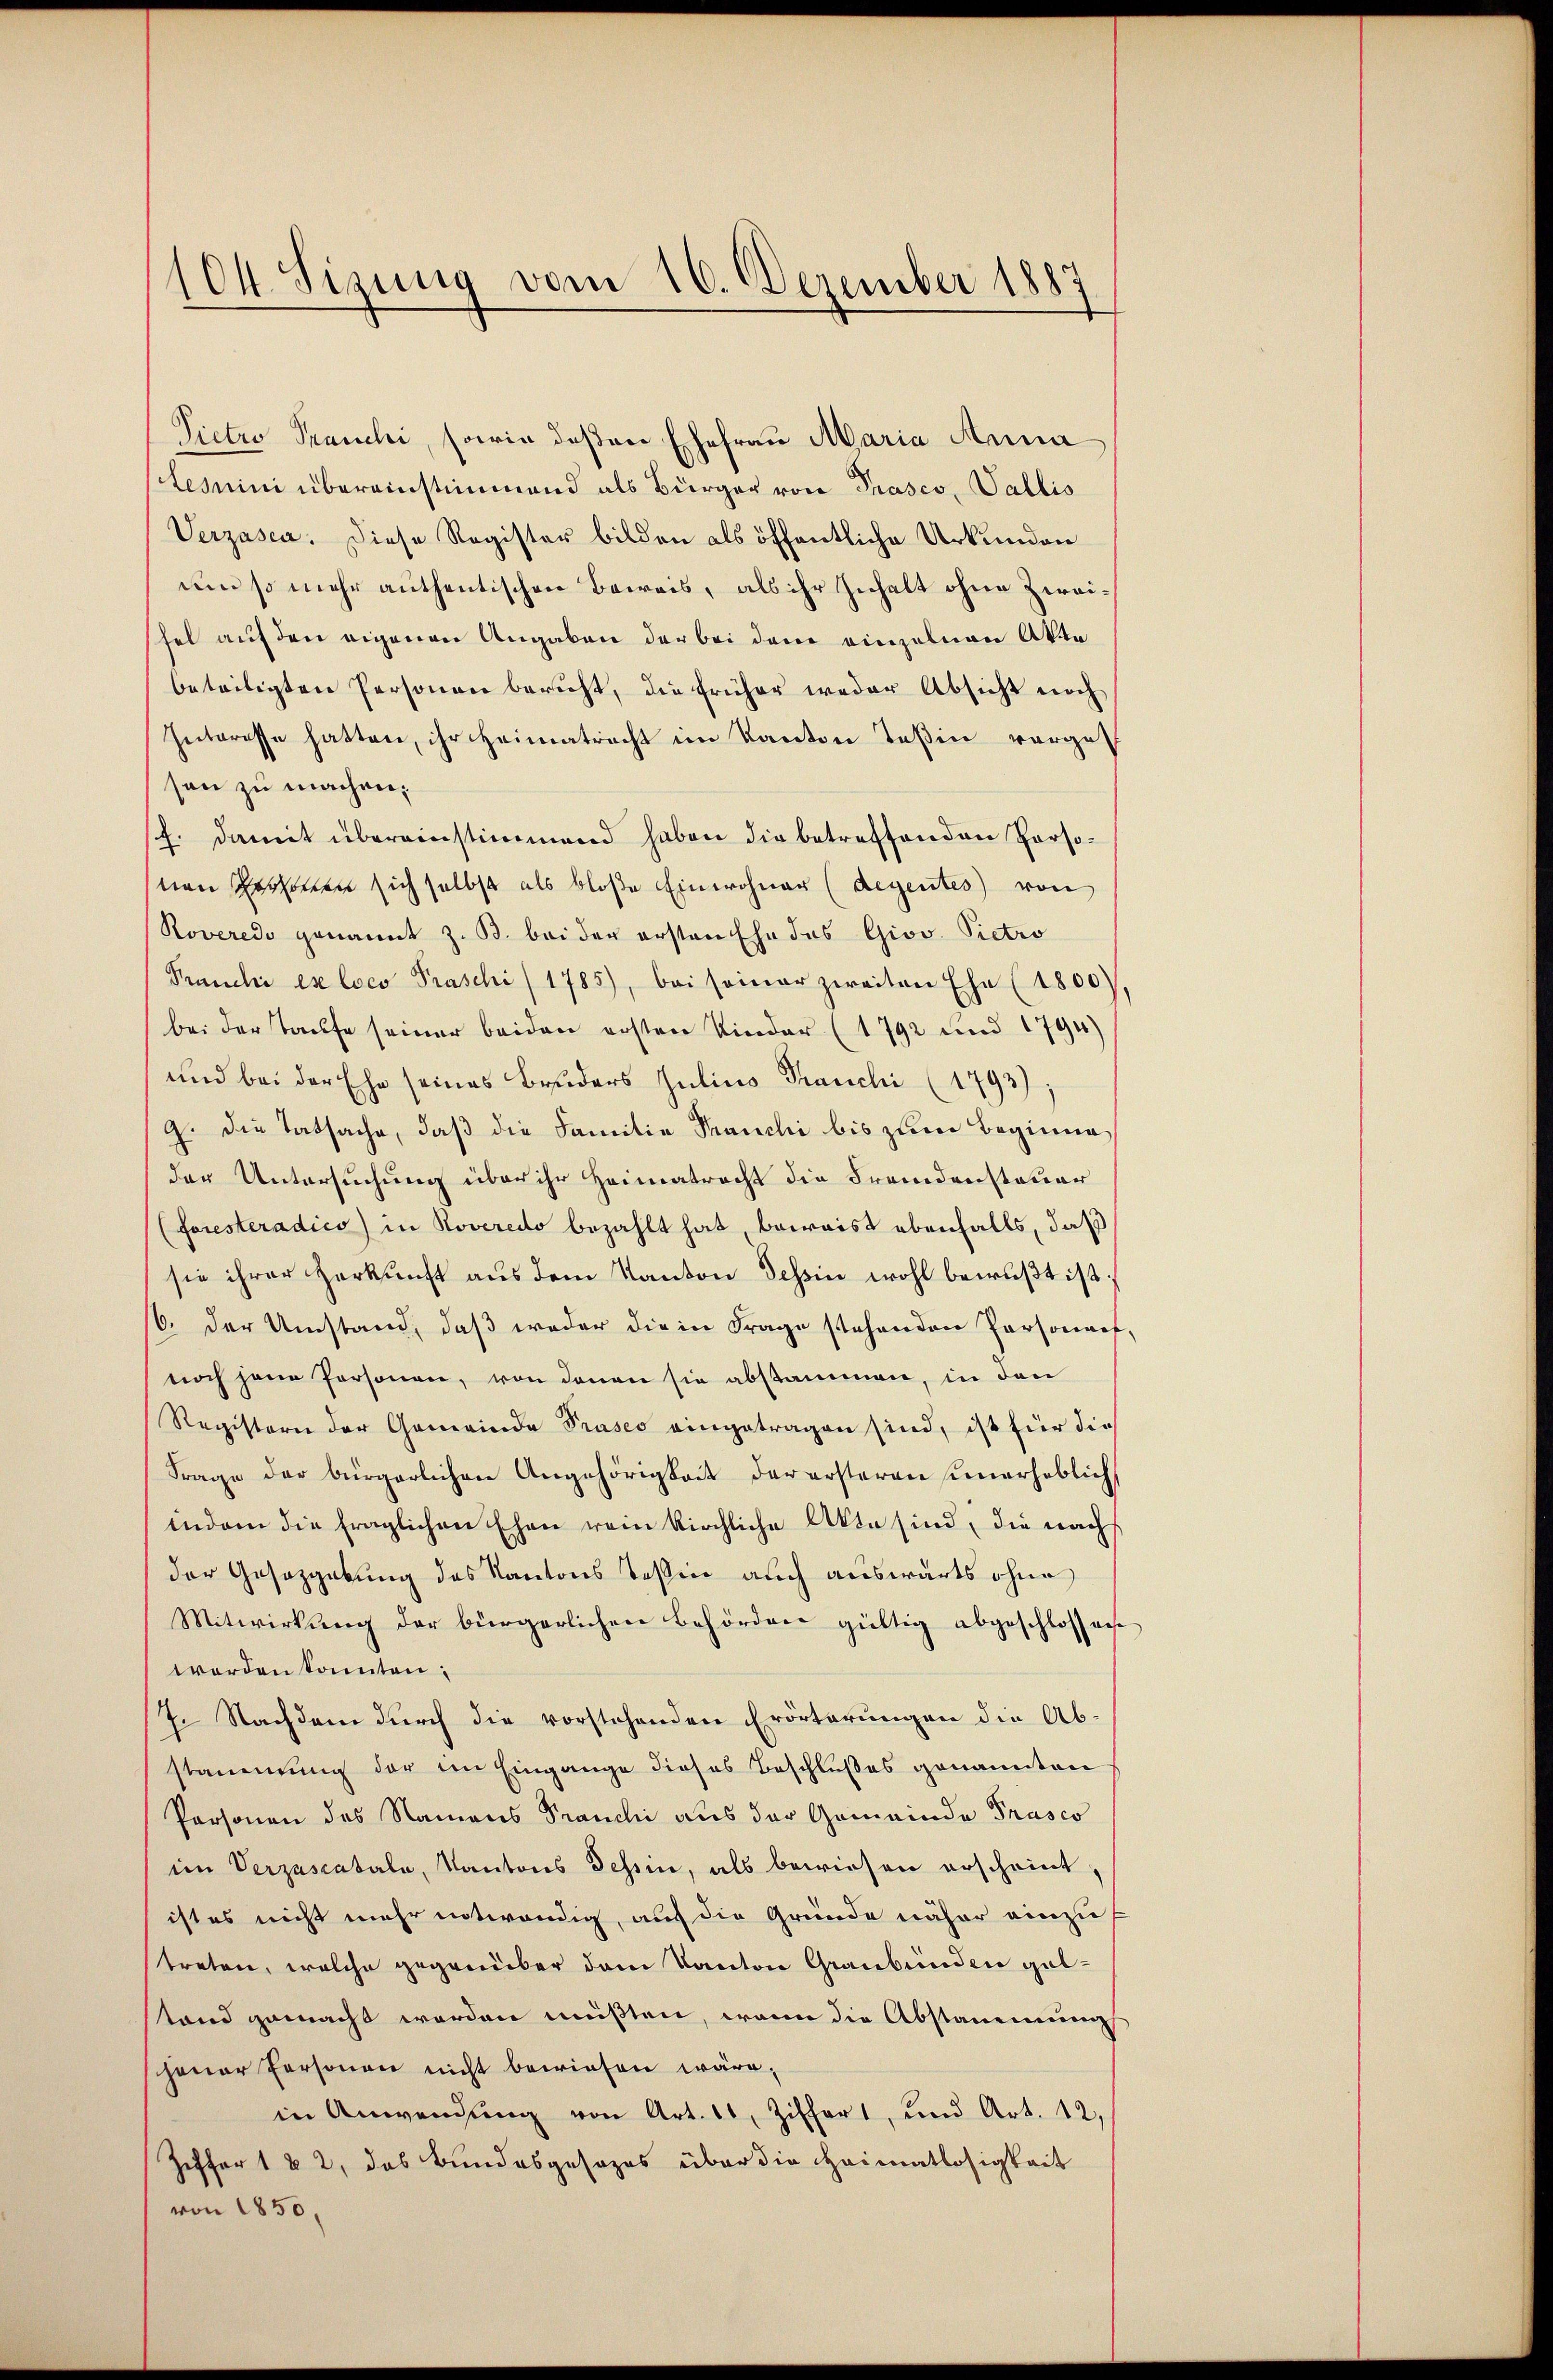
(O4. Sizung vom 16. Dezember 1887

Pictio Pranchi, sowie deßen Ehefrau Maria Anna
tesmini übereinstimmend als Bürger von Prasco, Vallis
Verzasca. Diese Register bilden als öffentliche Urkunden
um so mehr anthentischen Beweis, als ihr Inhalt ohne Zweifel auf den eigenen Angaben der bei dem einzelnen Akte
beteiligten Personen bericht, die früher weder Absicht noch
Interesse hatten, ihr Heimatracht im Kanton Teßin vorge-
son zu machen.
sh. damit übereinstimmend haben die betreffenden Personen Personen sich selbst als bloße Einwohner (Regentes von
Roveredo genannt z. B. bei der ersten Ehe des Giov. Pietro
Pranchi es loco Praschi/1785), bei seiner zweiten Ehe (1800)
bei der Taufe seiner beiden ersten Kinder (1792 und 1794
und bei der Ehe seines Bruders Julius Franchi (1793);
g. die Tatsache, daß die Familie Tranchi bis zum Beginne
der Untersuchung über ihr Heimatracht die Fremdensteuer
(foresteradico in Roveredo bezahlt hat, beweist ebenfalls, daß
sie ihrer Herkunft aus dem Kanton Tessin wohl bewußt ist;
6. der Umstand, daß weder die in Frage stehenden Personach
noch jene Personen, von denen sie abstammen, in den
Registern der Gemeinde Präses eingetragen sind, ist für die
Frage der bürgerlichen Angehörigkeit der ersteren unerheblich
indem die fraglichen Ehen rein kirchliche Akte sind, die nach
der Gesetzgebung des Kantons Tessin auch auswärts ohne
Mitwirkung der bürgerlichen Behörden gültig abgeschlossen
werden konnten;
7. Nachdem durch die vorstehenden Erörterungen die Abstammung der im Eingange dieses Beschlußes genannten
Personen des Namens Pranchi aus der Gemeinde Prasco
im Verzascatale, Kantons Tessin, als bewiesen erscheint,
ist es nicht mehr entwendig, auf die Gründe näher einzutreten, welche gegenüber dem Kanton Graubünden gabtand gemacht werden müßten, wenn die Abstammung
jener Personen nicht bewiesen wäre;
in Anwendŭng von Art. 11, Ziffert, und Art. 12,
Ziffer 1 & 2, das Bundesgesezes über die Heimatlosigkeit
von 1850.

e